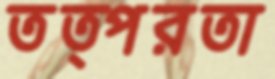
তত্পরতা